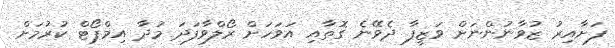
ފަށާއިރު ޒުވާނުންނަށް ވަޒީފާ ދެވޭނެ ގޮތާއި އަވަހަށް ރޯލްވާފަދަ މުދާ އިމްޕޯޓް ކުރުމަށް